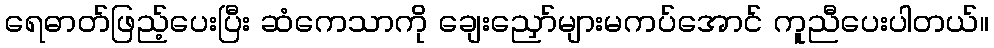
ရေဓာတ်ဖြည့်ပေးပြီး ဆံကေသာကို ချေးညှော်များမကပ်အောင် ကူညီပေးပါတယ်။